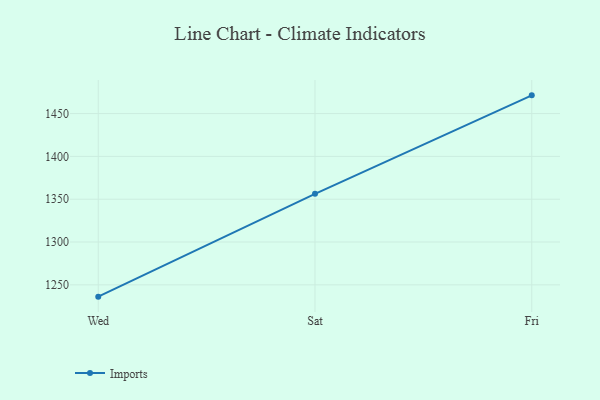
{"axis": {"x": "Day", "y": "Energy Usage (MWh)"}, "legend": ["Imports"], "data": [{"x": "Wed", "y": 1236.2, "type": "Imports"}, {"x": "Sat", "y": 1356.3, "type": "Imports"}, {"x": "Fri", "y": 1471.3, "type": "Imports"}]}